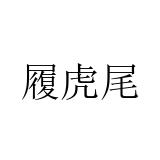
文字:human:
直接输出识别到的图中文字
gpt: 履虎尾